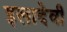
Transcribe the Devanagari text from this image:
इलादेवी